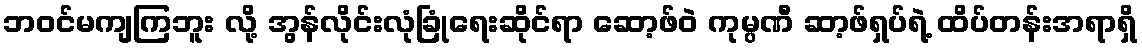
ဘဝင်မကျကြဘူး လို့ အွန်လိုင်းလုံခြုံရေးဆိုင်ရာ ဆော့ဖ်ဝဲ ကုမ္ပဏီ ဆာ့ဖ်ရှပ်ရဲ့ ထိပ်တန်းအရာရှိ